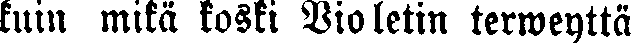
kuin mikä koski Violetin terweyttä